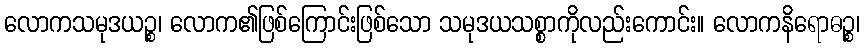
လောကသမုဒယဉ္စ၊ လောက၏ဖြစ်ကြောင်းဖြစ်သော သမုဒယသစ္စာကိုလည်းကောင်း။ လောကနိရောဓဉ္စ၊